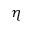
{ \boldsymbol \eta }